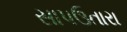
સાપઉતારા